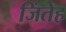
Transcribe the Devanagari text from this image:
जिंतेह